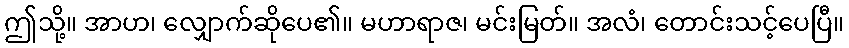
ဤသို့။ အာဟ၊ လျှောက်ဆိုပေ၏။ မဟာရာဇ၊ မင်းမြတ်။ အလံ၊ တောင်းသင့်ပေပြီ။